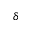
\delta